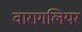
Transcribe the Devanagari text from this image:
वारागलियर